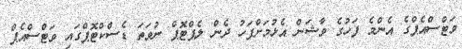
ވަޓްސްއެޕްގެ އެންމެ ފަހުގެ ވާޝަން އެޅުމަށްފަހު ދެން ލެޕްޓޮޕް ނުވަތަ ޑެސްކްޓޮޕްގައި ވަޓްސްއެޕް